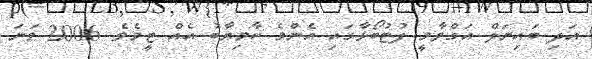
އަދި ބައިނަލް އަގްވާމީ ފުޓުބޯޅާގައި އެންމެ ކާމިޔާބު އެއް ޓީމެވެ. 2006 ވަނަ